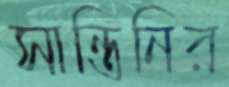
সান্তিনির